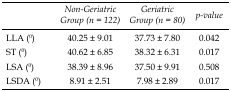
<table><thead><tr><td></td><td><b>Non-Geriatric Group (n = 122)</b></td><td><b>Geriatric Group (n = 80)</b></td><td><b>p-value</b></td></tr></thead><tbody><tr><td>LLA (<sup>0</sup>)</td><td>40.25 ± 9.01</td><td>37.73 ± 7.80</td><td>0.042</td></tr><tr><td>ST (<sup>0</sup>)</td><td>40.62 ± 6.85</td><td>38.32 ± 6.31</td><td>0.017</td></tr><tr><td>LSA (<sup>0</sup>)</td><td>38.39 ± 8.96</td><td>37.50 ± 9.91</td><td>0.508</td></tr><tr><td>LSDA (<sup>0</sup>)</td><td>8.91 ± 2.51</td><td>7.98 ± 2.89</td><td>0.017</td></tr></tbody></table>